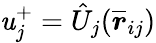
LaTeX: \mathit{u}_{j}^{+}=\hat{{U}}_{j}(\overline{{{\boldsymbol{r}}}}_{ij})